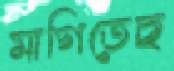
মাগিতেছ